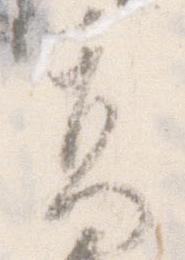
高